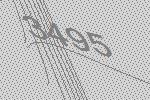
3495